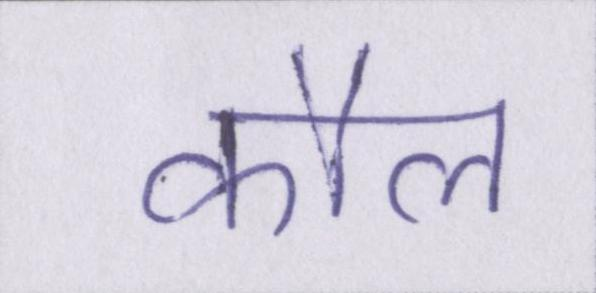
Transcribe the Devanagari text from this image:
कौल